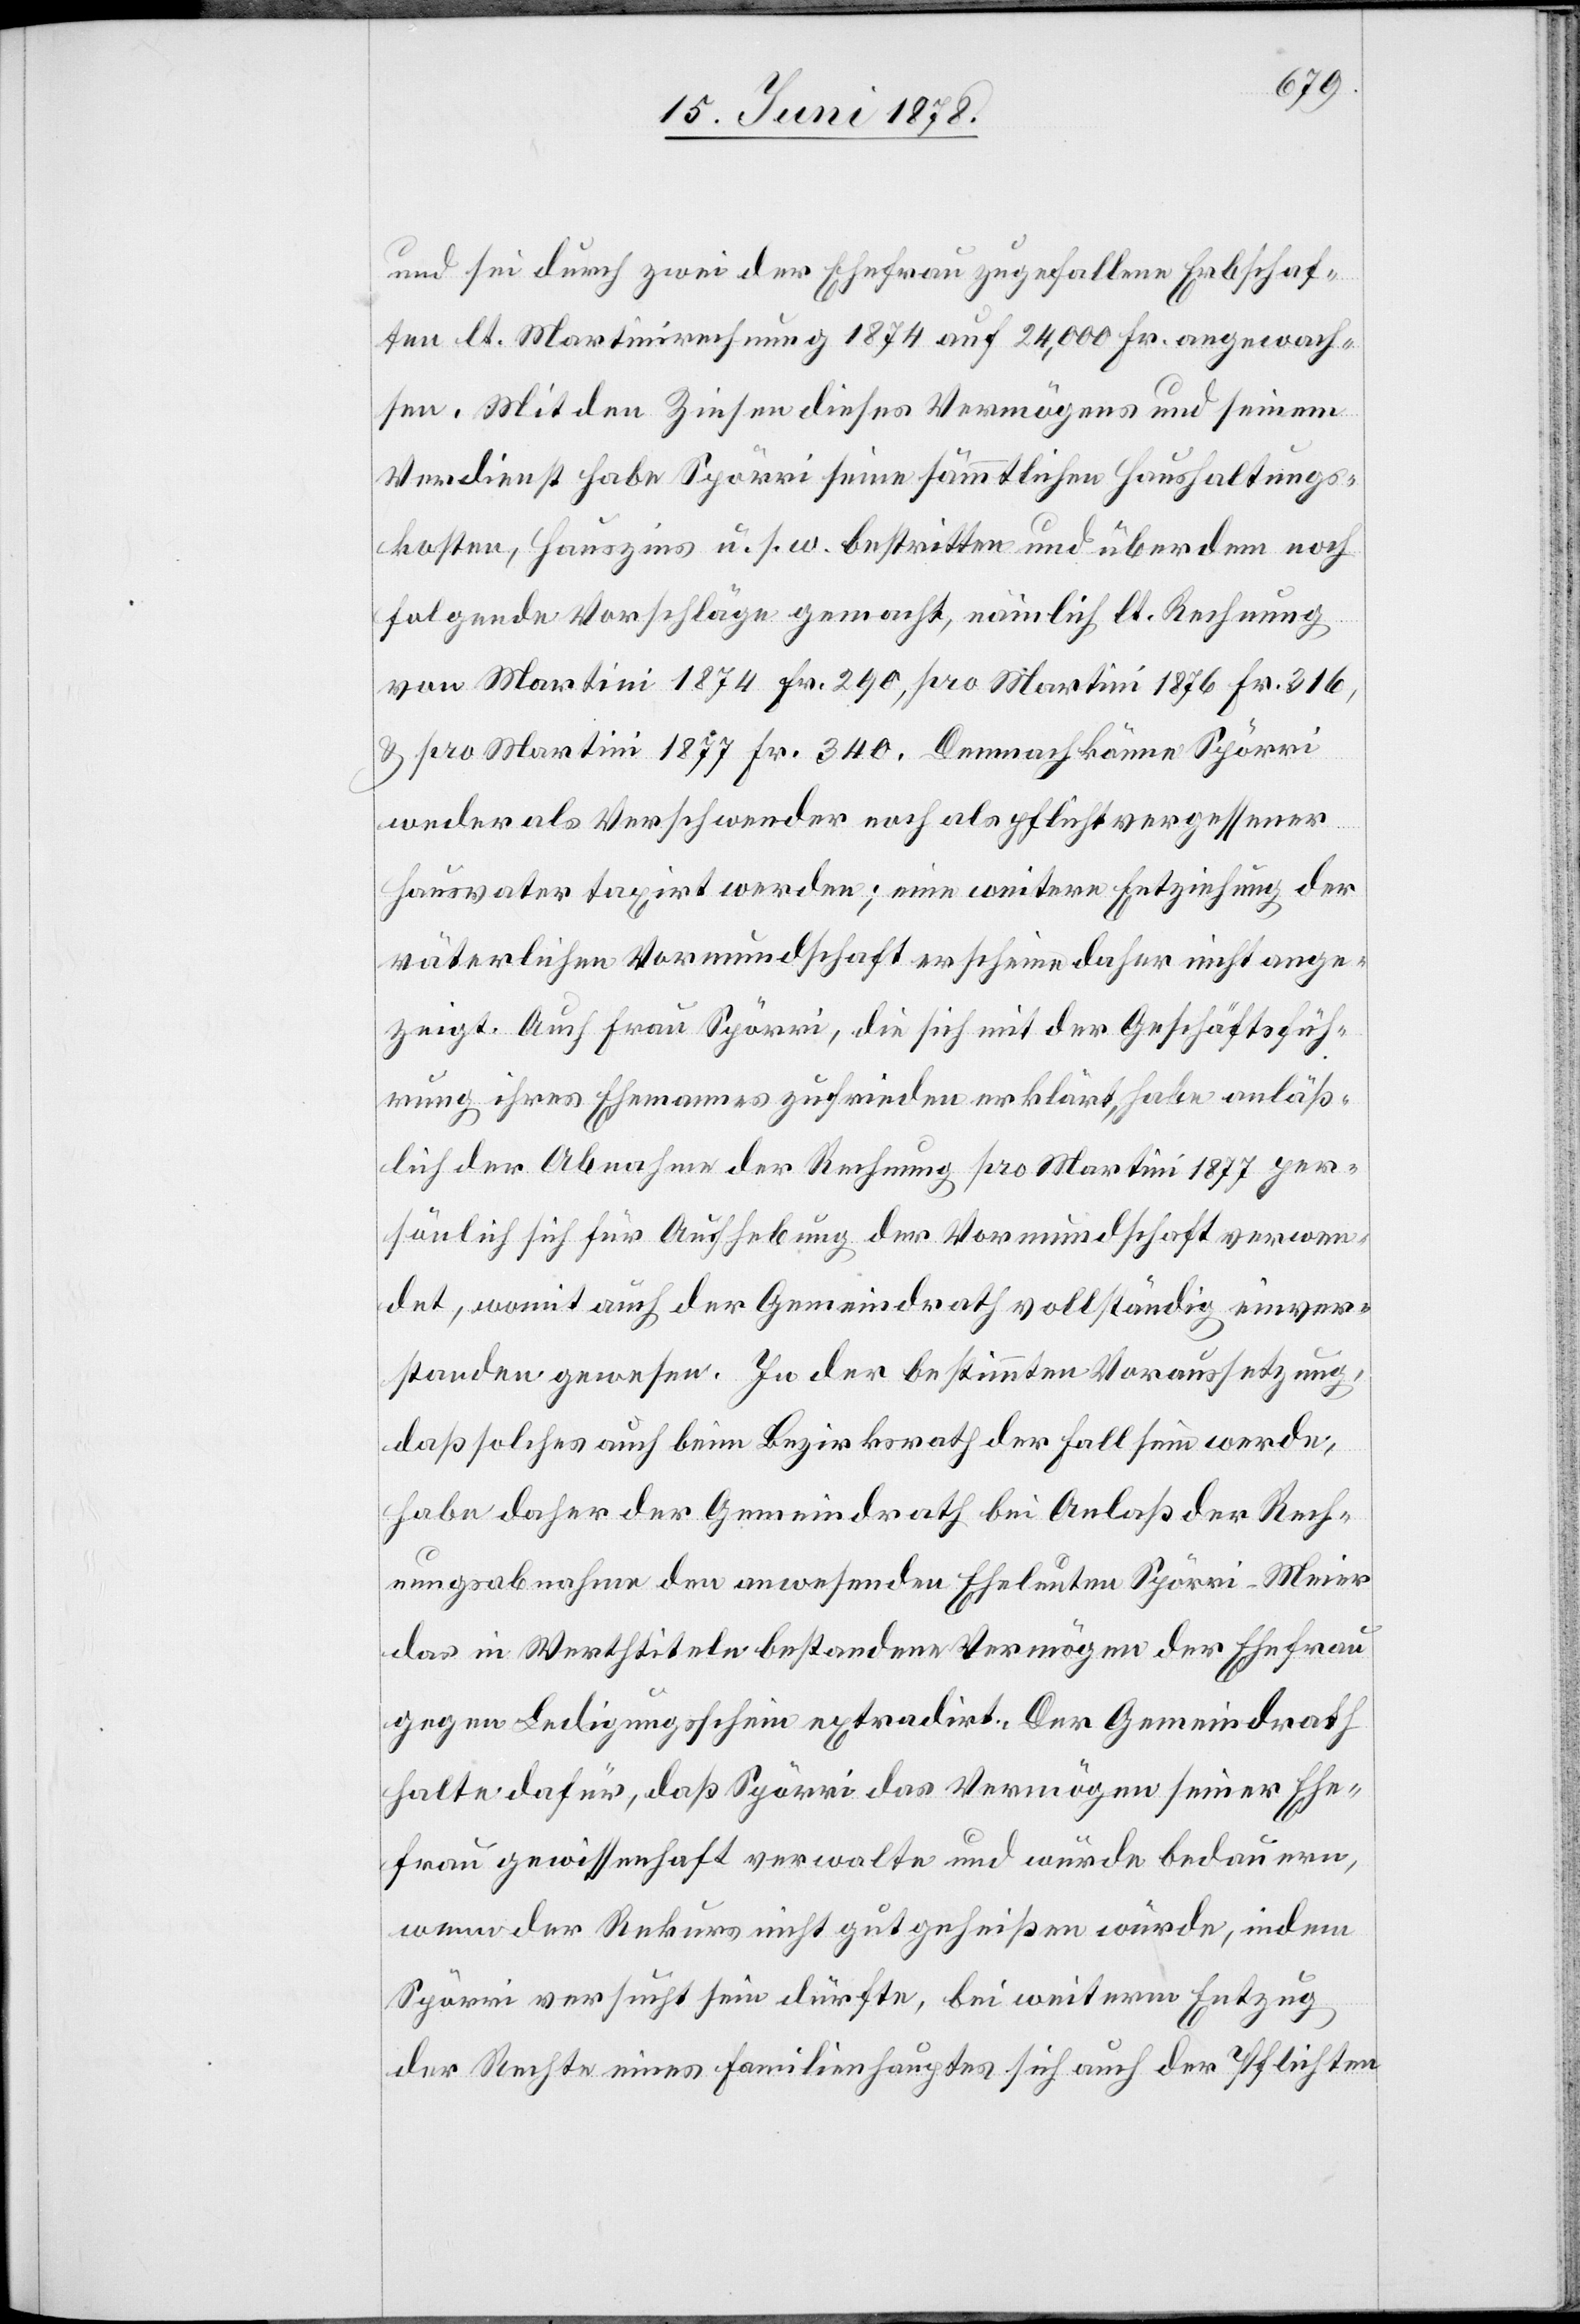
und sei durch zwei der Ehefrau zugefallene Erbschaf¬
ten lt. Martinirechnung 1874 auf 24,000 Fr. angewach¬
sen. Mit den Zinsen dieses Vermögens und seinem
Verdienst habe Spörri seine sämmtlichen Haushaltungs¬
kosten, Hauszins u. s. w. bestritten und überdem noch
folgende Vorschläge gemacht, nämlich lt. Rechnung
von Martini 1874 Fr. 290, pro Martini 1876 Fr. 316,
& pro Martini 1877 Fr. 340. Demnach könne Spörri
weder als Verschwender noch als pflichtvergessener
Hausvater taxirt werden; eine weitere Entziehung der
väterlichen Vormundschaft erscheine daher nicht ange¬
zeigt. Auch Frau Spörri, die sich mit der Geschäftsfüh¬
rung ihres Ehemannes zufrieden erklärt, habe anläss¬
lich der Abnahme der Rechnung pro Martini 1877 per¬
sönlich sich für Aufhebung der Vormundschaft verwen¬
det, womit auch der Gemeindrath vollständig einver¬
standen gewesen. In der bestimmten Voraussetzung,
daß solches auch beim Bezirksrath der Fall sein werde,
habe daher der Gemeindrath bei Anlaß der Rech¬
nungsabnahme den anwesenden Eheleuten Spörri-Meier
das in Werthtiteln bestandene Vermögen der Ehefrau
gegen Ledigungsschein extradirt. Der Gemeindrath
halte dafür, daß Spörri das Vermögen seiner Ehe¬
frau gewissenhaft verwalte und würde bedauern,
wenn der Rekurs nicht gutgeheißen würde, indem
Spörri versucht sein dürfte, bei weiterm Entzug
der Rechte eines Familienhauptes sich auch der Pflichten